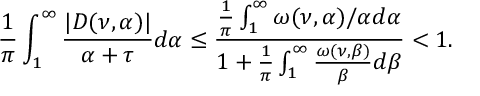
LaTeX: \frac { 1 } { \pi } \int _ { 1 } ^ { \infty } \frac { | D ( \nu , \alpha ) | } { \alpha + \tau } d \alpha \leq \frac { \frac { 1 } { \pi } \int _ { 1 } ^ { \infty } \omega ( \nu , \alpha ) / \alpha d \alpha } { 1 + \frac { 1 } { \pi } \int _ { 1 } ^ { \infty } \frac { \omega ( \nu , \beta ) } { \beta } d \beta } < 1 .